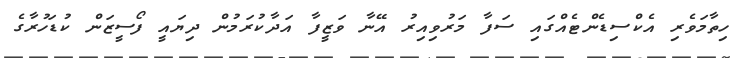
ހިތާމަވެރި އެކްސިޑެންޓެއްގައި ސަފާ މަރުވިއިރު އޭނާ ވަޒީފާ އަދާކުރަމުން ދިޔައީ ފޯސީޒަން ކުޑަހުރާގެ